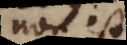
non est